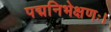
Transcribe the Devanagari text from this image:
पद्मनिभेक्षणः।